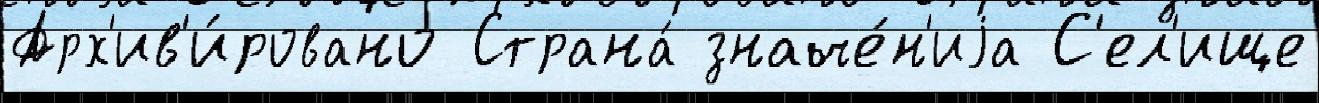
Арх'ив'и́ровано Страна́ значе́н'иjа С'ел'ище